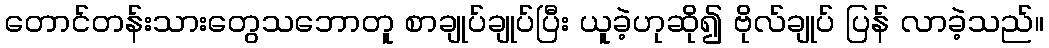
တောင်တန်းသားတွေသဘောတူ စာချုပ်ချုပ်ပြီး ယူခဲ့ဟုဆို၍ ဗိုလ်ချုပ် ပြန် လာခဲ့သည်။